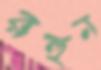
রহুন